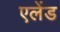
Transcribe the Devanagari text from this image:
एलेंड